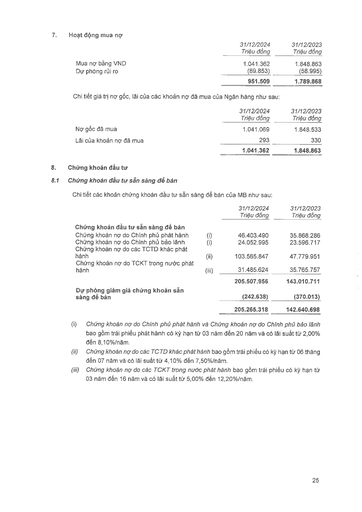
||31/12/2024 Triệu đồng|31/12/2023 Triệu đồng| |---|---|---| |Mua nợ bằng VND|1.041.362|1.848.863| |Dự phòng rủi ro|(89.853)|(58.995)| ||951.509|1.789.868| ||31/12/2024 Triệu đồng|31/12/2023 Triệu đồng| |---|---|---| |Nợ gốc đã mua|1.041.069|1.848.533| |Lãi của khoản nợ đã mua|293|330| ||1.041.362|1.848.863| ||31/12/2024 Triệu đồng|31/12/2023 Triệu đồng| |---|---|---| |Chứng khoán đầu tư sẵn sàng để bán||| |Chứng khoán nợ do Chính phủ phát hành (i)|46.403.490|35.868.286| |Chứng khoán nợ do Chính phủ bảo lãnh (i)|24.052.995|23.596.717| |Chứng khoán nợ do các TCTD khác phát hành (ii)|103.565.847|47.779.951| |Chứng khoán nợ do TCKT trong nước phát hành (iii)|31.485.624|35.765.757| ||205.507.956|143.010.711| |Dự phòng giảm giá chứng khoán sẵn sàng để bán|(242.638)|(370.013)| ||205.265.318|142.640.698|